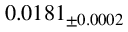
0 . 0 1 8 1 _ { \pm 0 . 0 0 0 2 }